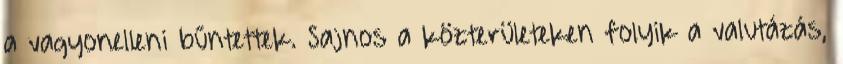
a vagyonelleni bűntettek. Sajnos a közterületeken folyik a valutázás,